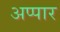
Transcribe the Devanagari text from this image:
अप्पार